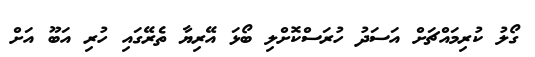
ގޯލު ކުރިމައްޗަށް އަސަދު ހުރަސްކޮށްލި ބޯޅަ އޭރިޔާ ތެރޭގައި ހުރި އަބޫ އަށް